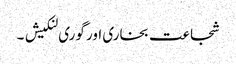
شجاعت بخاری اور گوری لنکیش ۔